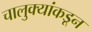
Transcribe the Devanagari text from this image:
चालुक्यांकडून